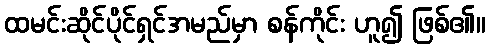
ထမင်းဆိုင်ပိုင်ရှင်အမည်မှာ စန်ကိုင်း ဟူ၍ ဖြစ်၏။